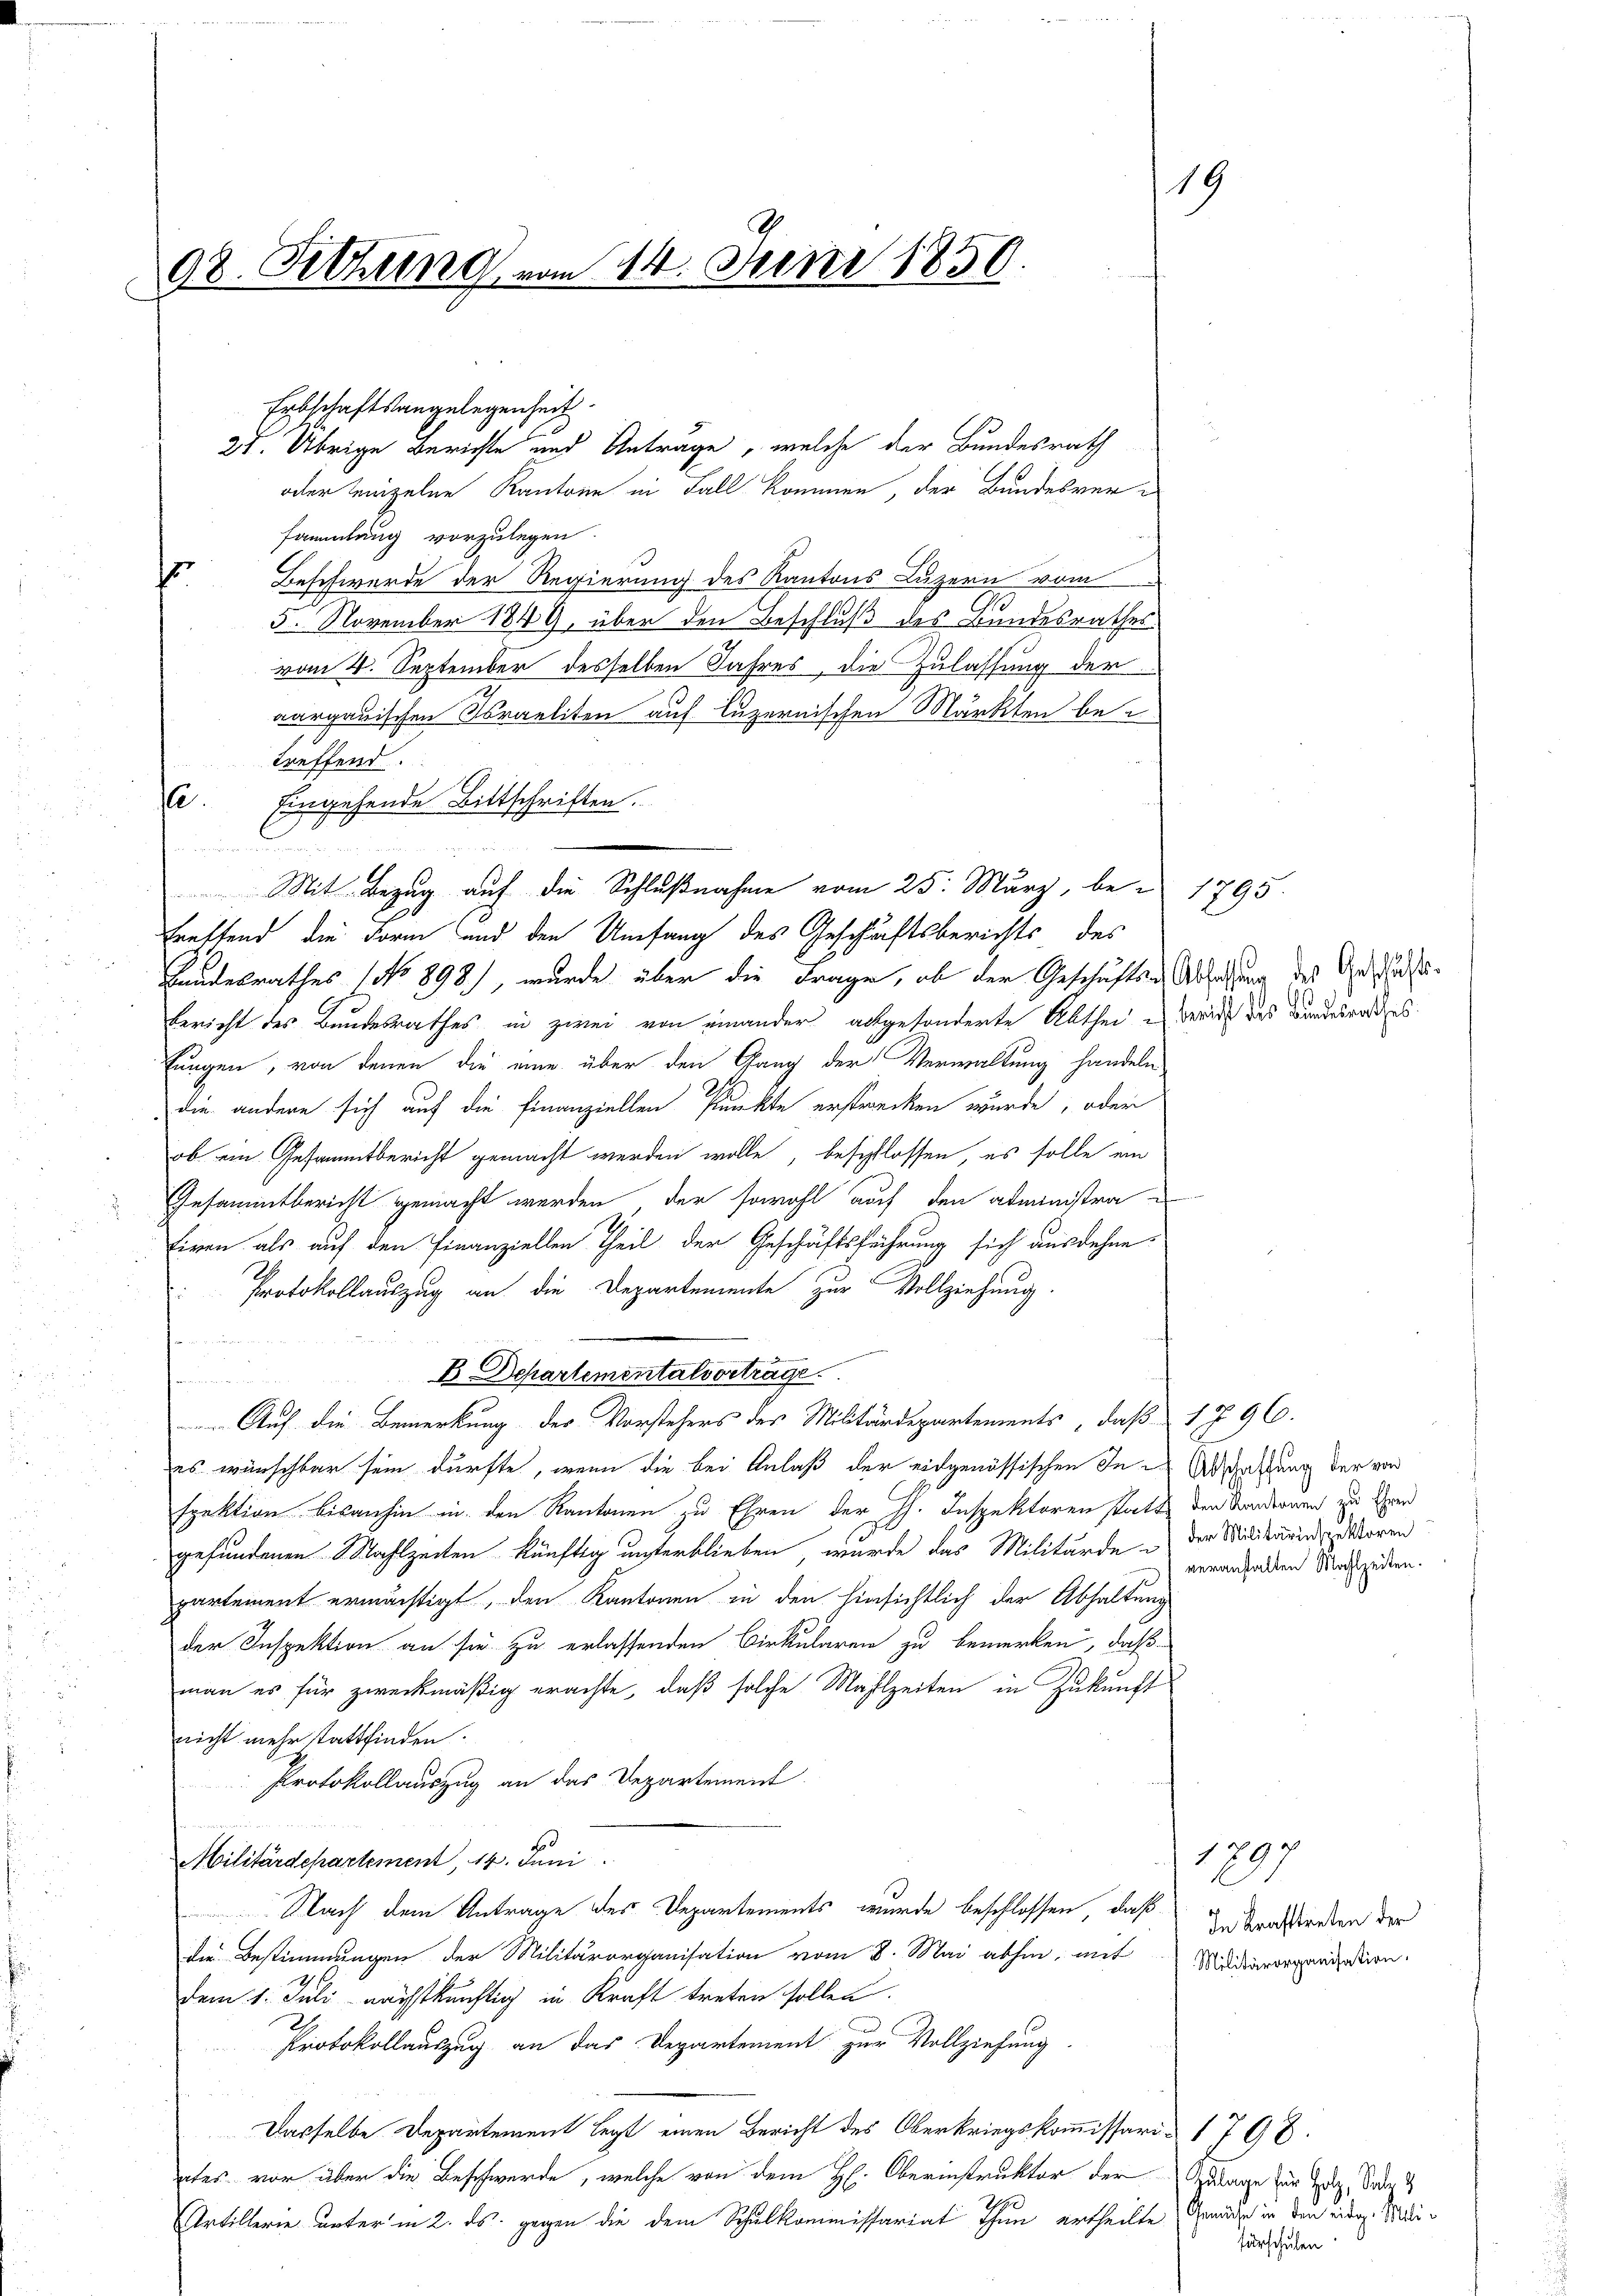
98. Sitzung vom 14. Juni 1850.

e

Entschaftsangelegenheit.
oder einzelne Kantone in Fall kommen, der Bundesversammlung vorzulegen.
Beschwerde der Regierung des Kantons Luzern vom
hor
5. November 1849, über den Beschluß des Bundesrathes
vom 4. September desselben Jahres, die Zulassung der
aargauischen Israeliten auf Luzernischen Märkten betreffend.
Eingehende Bittschriften.

treffend die Form und den Umfang des Geschäftsberichts des
Bundesrathes No 898.), wurde über die Frage, ob der Geschäften Ablegung des Verschluss
Bericht des Bundesrathes in zwei von einander abgesonderte Abthei Bericht des Bundesrates
tungen, von denen die eine über den Gang der Verwaltung handeln
die andere sich auf die Finanziellen Punkte erstrecken wurde, oder
ob ein Gesammtbericht gemacht werden wolle, beschlossen, es solle ein
Gesammtbericht gemacht werden, der sowohl auf den administra¬
Eiern als auf den Finanziellen Theil der Geschäftsführung sich ausdehne
Protokollauszug an die Departemente zur Vollziehung
  hattet weit
B Departementalvortrage
n
Auf die Bemerkung der Vorstehers des Militärdepartements, daß 1796.
es wünschbar sein dürfte, wenn die bei Anlaß der eidgenössischen In Abschaffung der von
spektion bisanhin in den Kantonen zu Ehren der H. Inspektoren statt den Sondernen zu den
gefundenen Mahlzeiten künftig unterblieben, wurde das Militärde der Militärin Moren
partement ermächtigt, den Kantonen in den hinsichtlich der Abhaltung
der Inspektion an sie zu erlassenden Birkularen zu bemerken, daß
man es für zweckmäßig erachte, daß solche Mahlzeiten in Zukunft
nicht mehr stattfinden.
Protokollauszug an das Departement
Militärdepartement, 14. Juni
Nach dem Antrage des Departements wurde beschlossen, daß
die Bestimmungen der Militärorganisation vom 8. Mai abhin, mit Militärorgangestion
dem 1. Juli nächstkünftig in Kraft treten sollen.
2
Protokollauszug an das Departement zur Vollziehung
Dasselbe Departement legt einen Bericht des Oberkriegskommissari 1798.
ater vor über die Beschwerde, welche von dem H: Oberinstruktor der Zulage für Holz, Satz 2
Artillerie unter in 2. ds. gegen die dem Schulkommissariat Thun ertheilte Gerade in den eidg. Medi¬

27. Übrige Berichte und Antrage, welche der Bundesrath

Mit Bezug auf die Schlußnahme vom 25. März, be- 1795.

19

veranstalten Mahlzeiten.

1897
In Kraftreten der

fürschulen